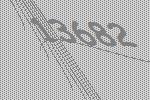
13682